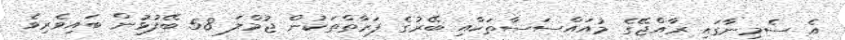
އެ ސެމިނާގައި ރާއްޖޭގެ މުއައްސަސާތަކާއި ބޭރުގެ ފަރާތްތަކުން ޖުމްލަ 58 ބޭފުޅުން ބައިވެރިވެ